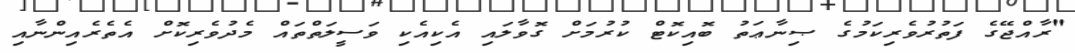
"ރާއްޖޭގެ ފަތުރުވެރިކަމުގެ ޞިނާޢަތު ބޮއިކޮޓް ކުރުމަށް ގޮވާލައި އެކިއެކި ވަސީލަތްތައް މެދުވެރިކޮށް އެތެރެއިންނާއި